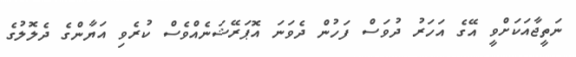
ނަތީޖާއަކަށްވީ އޭގެ އަހަރު ދުވަސް ފަހުން ދެވަނަ އޮޕަރޭޝަނެއްވެސް ކުރެވި އަޔާންގެ ދެލޮލުގެ